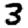
Digit: 3